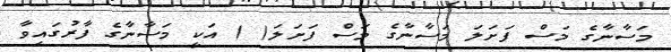
މަސާނާގެ މަސް ފަށަލަ މަސާނާގެ މަސް ފަށަލަ( ) އަކީ މަސާނާގެ ފާރުގައިވާ